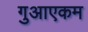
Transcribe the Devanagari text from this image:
गुआएकम